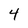
Character: 4